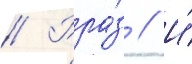
// Рра́з // И́